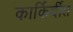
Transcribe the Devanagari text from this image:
कार्किर्दीत